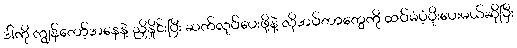
ဒါကို ကျွန်တော့်အနေနဲ့ ညှိနှိုင်းပြီး ဆက်လုပ်ပေးဖို့နဲ့ လိုအပ်တာတွေကို ထပ်မံပံ့ပိုးပေးမယ်ဆိုပြီး